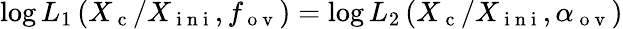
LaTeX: \log L_{1}\left(X_{\mathrm{~c~}}/X_{\mathrm{~i~n~i~}},f_{\mathrm{~o~v~}}\right)=\log L_{2}\left(X_{\mathrm{~c~}}/X_{\mathrm{~i~n~i~}},\alpha_{\mathrm{~o~v~}}\right)